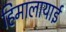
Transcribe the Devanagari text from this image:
हिमालायाई